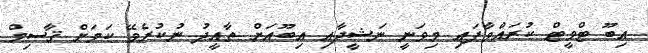
އިބޫ ޓްވީޓް ކުރައްވާފައި މިވަނީ ނަޝީދާއި އިބޫއަށް ތާއީދު ނުކުރެވޭ ކަމަށް ޤާސިމް